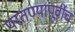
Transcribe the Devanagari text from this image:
परतण्यापूर्वीच